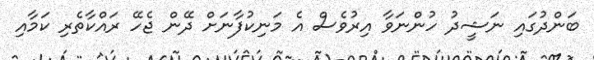
ބަންދުގައި ނަޝީދު ހުންނަވާ އިރުވެސް އެ މަނިކުފާނަށް ދޭން ޖެހޭ ރައްކާތެރި ކަމާއި